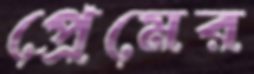
প্রেমের